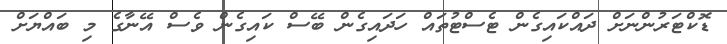
ޑޮކްޓަރުންނަށް ދައްކައިގެން ޓެސްޓުތައް ހަދައިގެން ބޭސް ކައިގެން ވެސް އޭނާގެ މި ބައްޔަށް